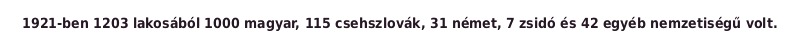
1921-ben 1203 lakosából 1000 magyar, 115 csehszlovák, 31 német, 7 zsidó és 42 egyéb nemzetiségű volt.